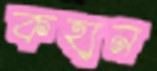
কহান